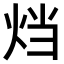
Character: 𤇻